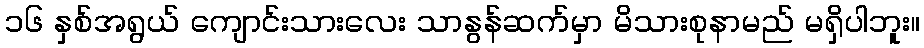
၁၆ နှစ်အရွယ် ကျောင်းသားလေး သာနွန်ဆက်မှာ မိသားစုနာမည် မရှိပါဘူး။